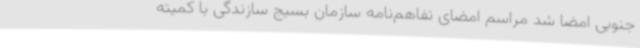
جنوبی امضا شد مراسم امضای تفاهم‌نامه سازمان بسیج سازندگی با کمیته